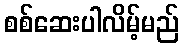
စစ်ဆေးပါလိမ့်မည်